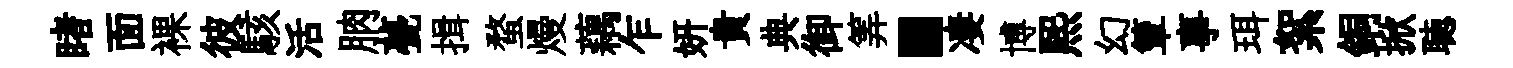
睹面裸彼駭活朒甍揖蝥熳藕乍妍貴典御筭·凄博煕幻簟事珥絮銅掀聴